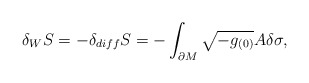
\begin{align*}\delta_W S=-\delta_{diff}S=-\int_{\partial M}\sqrt{-g_{(0)}}A\delta\sigma,\end{align*}